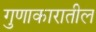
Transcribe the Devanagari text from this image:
गुणाकारातील